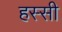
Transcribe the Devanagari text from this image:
हस्सी